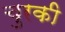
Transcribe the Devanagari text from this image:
चुरकी